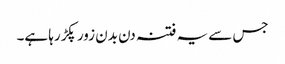
جس سے یہ فتنہ دن بدن زور پکڑرہا ہے۔